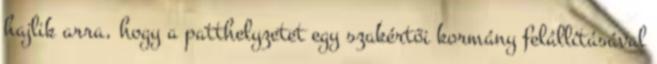
hajlik arra, hogy a patthelyzetet egy szakértői kormány felállításával